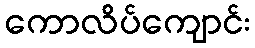
ကောလိပ်ကျောင်း